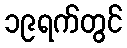
၁၉ရက်တွင်